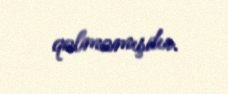
qalmamışdır.